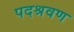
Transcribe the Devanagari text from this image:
पदश्रवण